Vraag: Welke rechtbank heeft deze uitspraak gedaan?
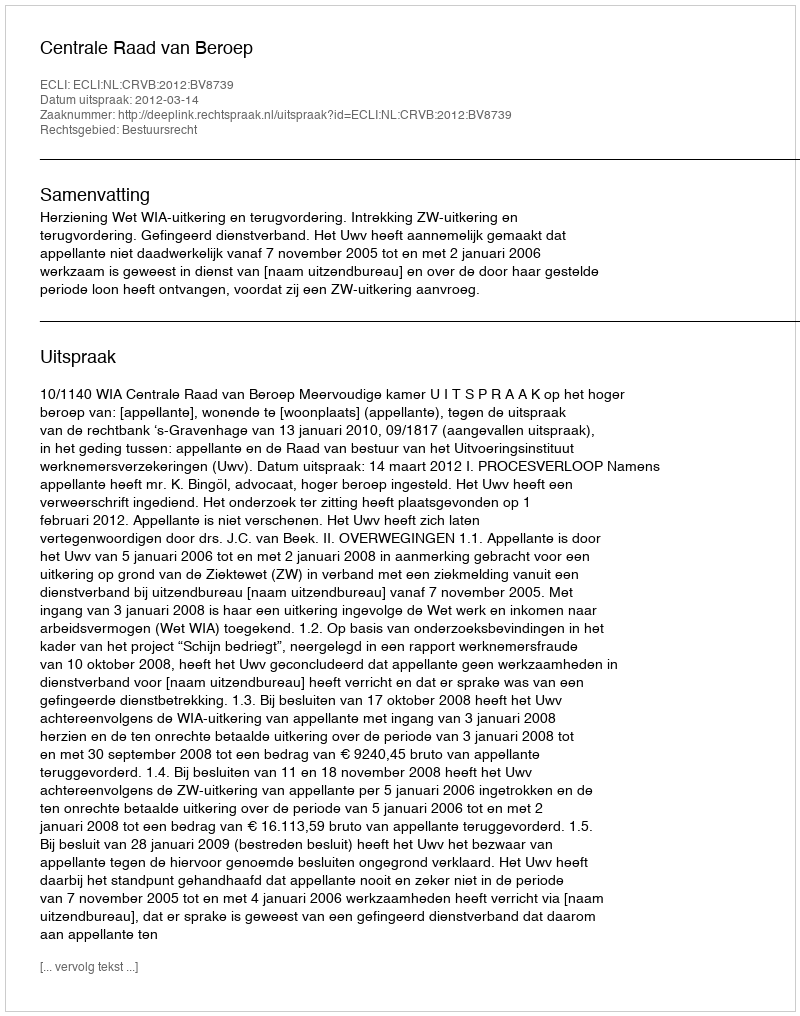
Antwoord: Centrale Raad van Beroep